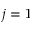
j = 1